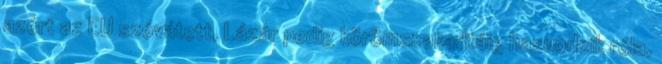
azért az EU szóvátett, Lázár pedig körömszakadtáig hazuodzik róla,